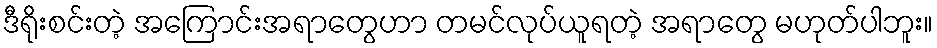
ဒီရိုးစင်းတဲ့ အကြောင်းအရာတွေဟာ တမင်လုပ်ယူရတဲ့ အရာတွေ မဟုတ်ပါဘူး။